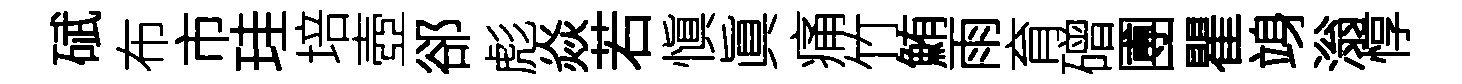
碔布市珪培壺郤彪焱若愼眞痛竹鮪雨育磳圑瞿竧滃惇